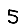
Digit: 5